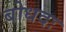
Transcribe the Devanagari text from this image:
बोधदः